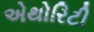
એથોરિટી